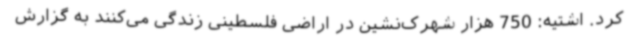
کرد. اشتیه: 750 هزار شهرک‌نشین در اراضی فلسطینی زندگی می‌کنند به گزارش